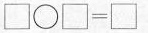
\Box \bigcirc \Box =\Box